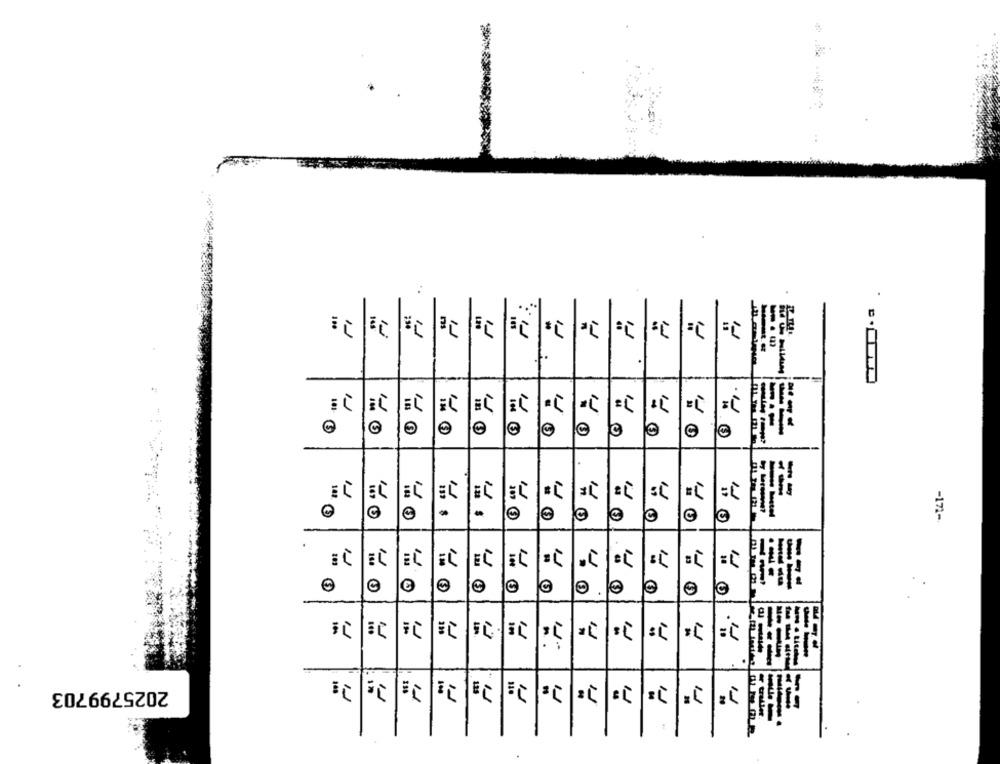
:
100
101-
C
40
-
-171-
EC
il
EC
.C
"
---
10
P
--
2025799703